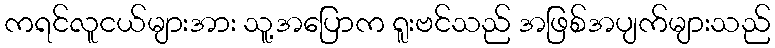
ကရင်လူငယ်များအား သူ့အပြောက ရူးဗင်သည် အဖြစ်အပျက်များသည်